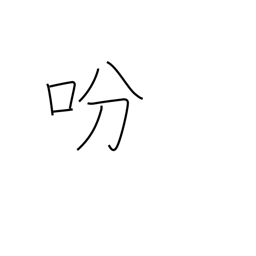
Meaning: give an order